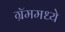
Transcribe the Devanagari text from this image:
ग्रॅममध्ये